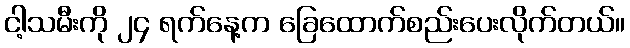
ငါ့သမီးကို ၂၄ ရက်နေ့က ခြေထောက်စည်းပေးလိုက်တယ်။